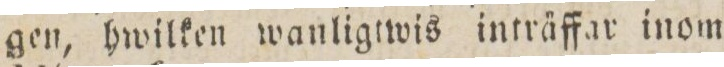
gen, hwilken wanligtwis inträffar inom